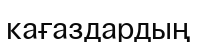
кағаздардың